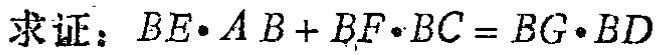
求证：\(BE\cdot AB + BF\cdot BC = BG\cdot BD\)